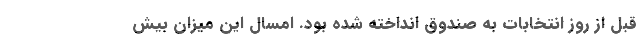
قبل از روز انتخابات به صندوق انداخته شده بود. امسال این میزان بیش